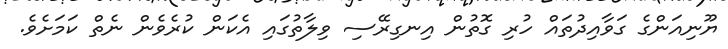
ޔޫނިއަންގެ ގަވާއިދުތައް ހުރި ގޮތުން އިނގިރޭސި ވިލާތުގައި އެކަން ކުރެވެން ނެތް ކަމަށެވެ.